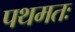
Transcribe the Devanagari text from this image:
पथमतः